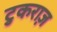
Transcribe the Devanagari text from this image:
टुकराज़